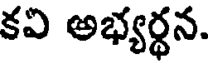
కవి అభ్యర్థన.